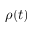
\rho ( t )